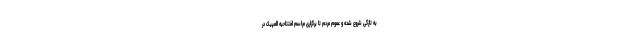
به تازگی شروع شده و عموم مردم تا برگزاری مراسم افتتاحیه المپیک در